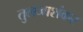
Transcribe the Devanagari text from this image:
तुलजाशंकर